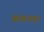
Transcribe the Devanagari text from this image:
बागनगर